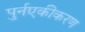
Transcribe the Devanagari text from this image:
पुर्नएकीकरण